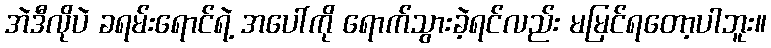
အဲဒီလိုပဲ ခရမ်းရောင်ရဲ့ အပေါ်ကို ရောက်သွားခဲ့ရင်လည်း မမြင်ရတော့ပါဘူး။